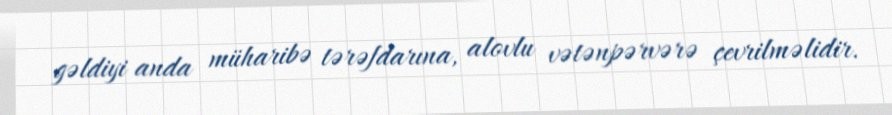
gəldiyi anda müharibə tərəfdarına, alovlu vətənpərvərə çevrilməlidir.